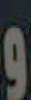
و